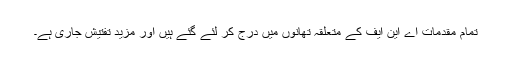
تمام مقدمات اے این ایف کے متعلقہ تھانوں میں درج کر لئے گئے ہیں اور مزید تفتیش جاری ہے۔